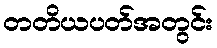
တတိယပတ်အတွင်း